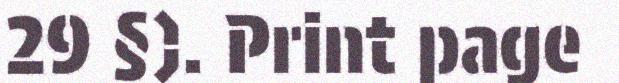
29 §). Print page